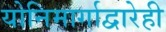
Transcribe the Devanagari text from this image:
योनिमार्गाद्वारेही